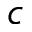
c